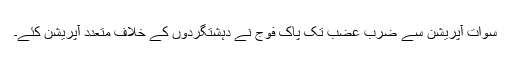
سوات آپریشن سے ضربِ عضب تک پاک فوج نے دہشتگردوں کے خلاف متعدد آپریشن کئے۔